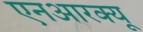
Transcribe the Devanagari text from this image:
एनआरक्यू